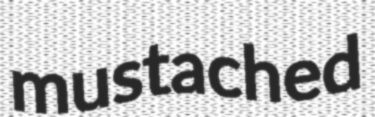
mustached